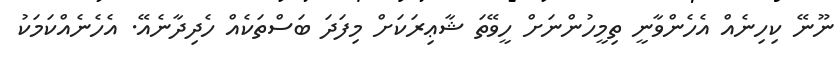
ނޫނޭ ކިހިނެއް އެހެންވާނީ ތިމީހުންނަށް ހީވޭތަ ޝާޢިރަކަށް މިފަދަ ބަސްތަކެއް ހެދިދާނެއޭ. އެހެނެއްކަމަކު